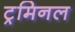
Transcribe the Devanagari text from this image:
ट्रमिनल